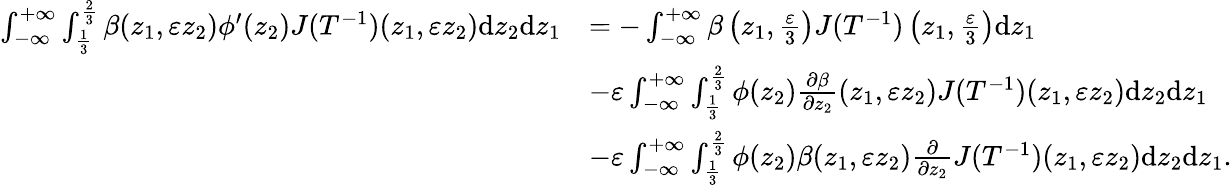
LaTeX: \begin{array}{rl}{\int_{-\infty}^{+\infty}\int_{\frac{1}{3}}^{\frac{2}{3}}\beta(z_{1},\varepsilon z_{2})\phi^{\prime}(z_{2})J(T^{-1})(z_{1},\varepsilon z_{2})\textrm{d}z_{2}\textrm{d}z_{1}}&{=-\int_{-\infty}^{+\infty}\beta\left(z_{1},\frac{\varepsilon}{3}\right)J(T^{-1})\left(z_{1},\frac{\varepsilon}{3}\right)\textrm{d}z_{1}}\\ &{-\varepsilon\int_{-\infty}^{+\infty}\int_{\frac{1}{3}}^{\frac{2}{3}}\phi(z_{2})\frac{\partial\beta}{\partial z_{2}}(z_{1},\varepsilon z_{2})J(T^{-1})(z_{1},\varepsilon z_{2})\textrm{d}z_{2}\textrm{d}z_{1}}\\ &{-\varepsilon\int_{-\infty}^{+\infty}\int_{\frac{1}{3}}^{\frac{2}{3}}\phi(z_{2})\beta(z_{1},\varepsilon z_{2})\frac{\partial}{\partial z_{2}}J(T^{-1})(z_{1},\varepsilon z_{2})\textrm{d}z_{2}\textrm{d}z_{1}.}\end{array}